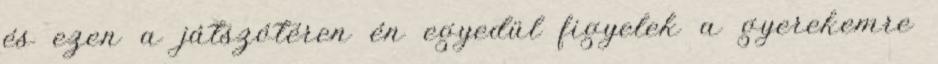
és ezen a játszótéren én egyedül figyelek a gyerekemre